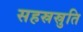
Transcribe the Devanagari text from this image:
सहस्रस्रुति